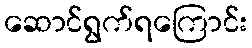
ဆောင်ရွက်ရကြောင်း